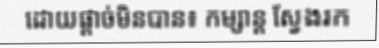
ដោយផ្តាច់មិនបាន៖ កម្សាន្ត ស្វែងរក